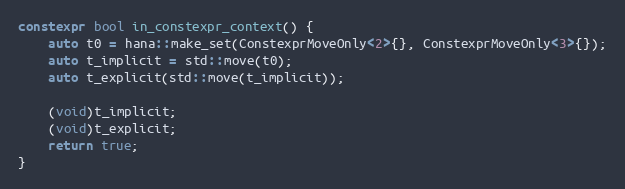
Language: C++
constexpr bool in_constexpr_context() {
    auto t0 = hana::make_set(ConstexprMoveOnly<2>{}, ConstexprMoveOnly<3>{});
    auto t_implicit = std::move(t0);
    auto t_explicit(std::move(t_implicit));

    (void)t_implicit;
    (void)t_explicit;
    return true;
}